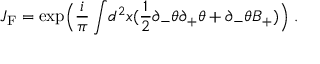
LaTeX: J _ { \mathrm { { F } } } = \exp \Bigl ( \frac { i } { \pi } \int \! d ^ { 2 } x ( \frac { 1 } { 2 } \partial _ { - } \theta \partial _ { + } \theta + \partial _ { - } \theta B _ { + } ) \Bigr ) \; .